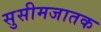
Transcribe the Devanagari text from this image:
सुसीमजातक